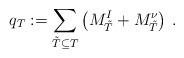
LaTeX: \begin{align*}q_T:=\sum_{\tilde{T} \subseteq T} \left(M_{\tilde{T}}^{I}+M_{\tilde{T}}^\nu \right) \, .\end{align*}